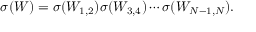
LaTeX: \sigma ( W ) = \sigma ( W _ { 1 , 2 } ) \sigma ( W _ { 3 , 4 } ) \cdots \sigma ( W _ { N - 1 , N } ) .